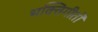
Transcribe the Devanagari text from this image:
भक्तिगीतों